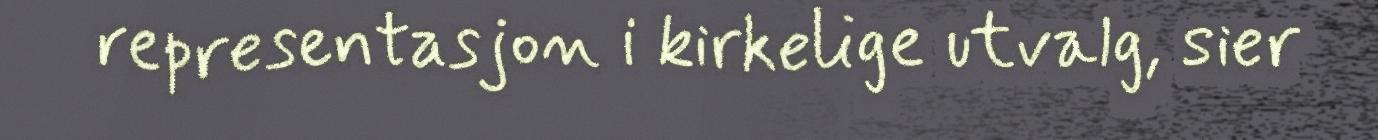
representasjon i kirkelige utvalg, sier